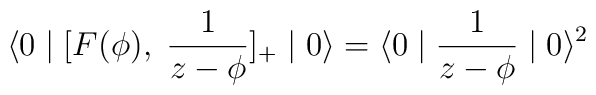
\langle 0 \mid [F(\phi) , \; \frac{1}{z-\phi} ]_{+} \mid 0 \rangle =\langle 0 \mid  \frac{1}{z-\phi} \mid 0 \rangle ^{2}